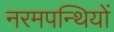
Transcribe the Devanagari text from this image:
नरमपन्थियों